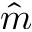
\hat { m }